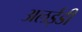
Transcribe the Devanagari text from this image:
अलईडी